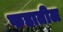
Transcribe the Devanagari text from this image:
फडातील